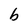
Character: b